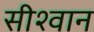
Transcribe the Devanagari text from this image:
सीश्वान